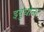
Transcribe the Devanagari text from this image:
इबुधोऊ